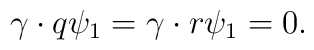
\gamma \cdot q\psi _{1}=\gamma \cdot r\psi _{1}=0.